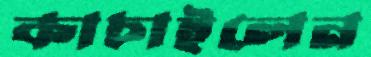
কাচাইলেন